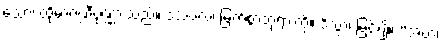
သော၊ ထိုမာဂဏ္ဍီပုဏ္ဏားသည်။ ဒသဗလံ၊ မြတ်စွာဘုရားကို။ ဒိသွာ၊ မြင်၍။ “အဟံ၊